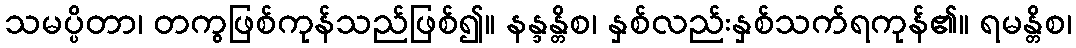
သမပ္ပိတာ၊ တကွဖြစ်ကုန်သည်ဖြစ်၍။ နန္ဒန္တိစ၊ နှစ်လည်းနှစ်သက်ရကုန်၏။ ရမန္တိစ၊